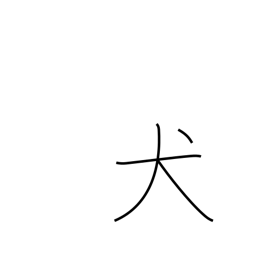
Meaning: dog